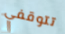
تتوقفي